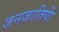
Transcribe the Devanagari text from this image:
जनजातियाें